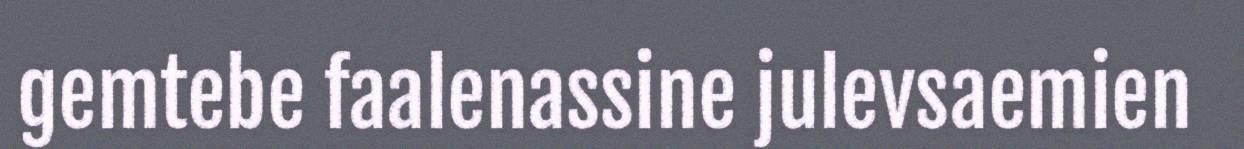
gemtebe faalenassine julevsaemien